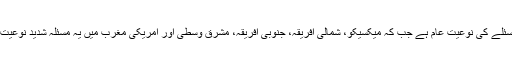
ارجن نے کہا ہے مسئلے کی نوعیت عام ہے جب کہ میکسیکو، شمالی افریقہ، جنوبی افریقہ، مشرق وسطیٰ اور امریکی مغرب میں یہ مسئلہ شدید نوعیت اختیار کر چکا ہے۔